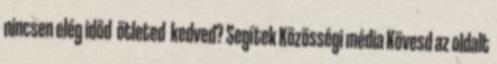
nincsen elég időd ötleted kedved? Segítek Közösségi média Kövesd az oldalt